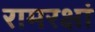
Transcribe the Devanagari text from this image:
रामरक्षां